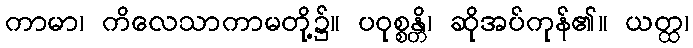
ကာမာ၊ ကိလေသာကာမတို့၌။ ပဝုစ္စန္တိ၊ ဆိုအပ်ကုန်၏။ ယတ္ထ၊